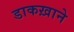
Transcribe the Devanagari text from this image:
डाकख़ाने